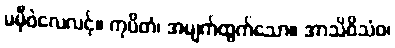
မမှီဝဲလေလင့်။ ကုပိတံ၊ အမျက်ထွက်သော။ အာသိဝိသံဝ၊